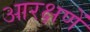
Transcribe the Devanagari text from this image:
आरक्षणें